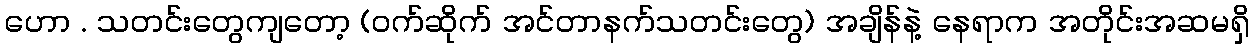
ဟော . သတင်းတွေကျတော့ (ဝက်ဆိုက် အင်တာနက်သတင်းတွေ) အချိန်နဲ့ နေရာက အတိုင်းအဆမရှိ